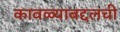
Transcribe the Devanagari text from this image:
कावळ्याबद्दलची